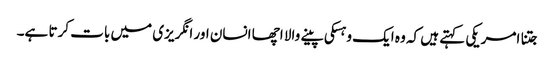
جتنا امریکی کہتے ہیں کہ وہ ایک وہسکی پینے والا اچھا انسان اور انگریزی میں بات کرتا ہے۔